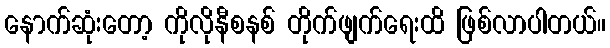
နောက်ဆုံးတော့ ကိုလိုနီစနစ် တိုက်ဖျက်ရေးထိ ဖြစ်လာပါတယ်။